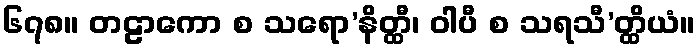
၆၇၈။ တဠာကော စ သရော’နိတ္ထီ၊ ဝါပီ စ သရသီ’တ္ထိယံ။